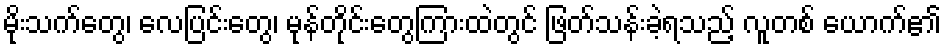
မိုးသက်တွေ၊ လေပြင်းတွေ၊ မုန်တိုင်းတွေကြားထဲတွင် ဖြတ်သန်းခဲ့ရသည့် လူတစ် ယောက်၏